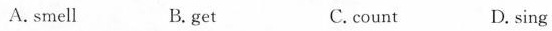
A.smell B.get C.count D. sing